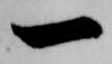
一